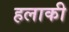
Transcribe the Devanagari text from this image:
हलाकी